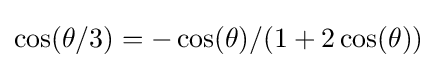
\cos(\theta /3)=-\cos(\theta )/(1+2\cos(\theta ))